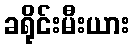
ခရိုင်းမီးယား